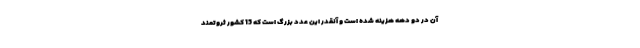
آن در دو دهه هزینه شده است و آنقدر این عدد بزرگ است که 15 کشور ثروتمند